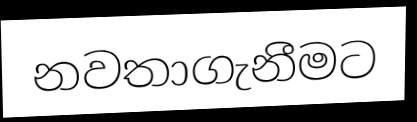
නවතාගැනීමට